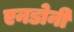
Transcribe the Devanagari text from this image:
एनडोनी